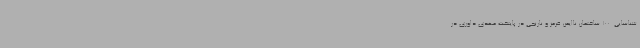
شناسایی  100 ساختمان ناایمن قرمز و نارنجی در پایتخت مهدی داوری در